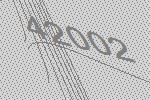
42002